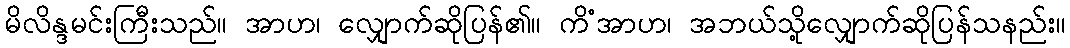
မိလိန္ဒမင်းကြီးသည်။ အာဟ၊ လျှောက်ဆိုပြန်၏။ ကိံအာဟ၊ အဘယ်သို့လျှောက်ဆိုပြန်သနည်း။